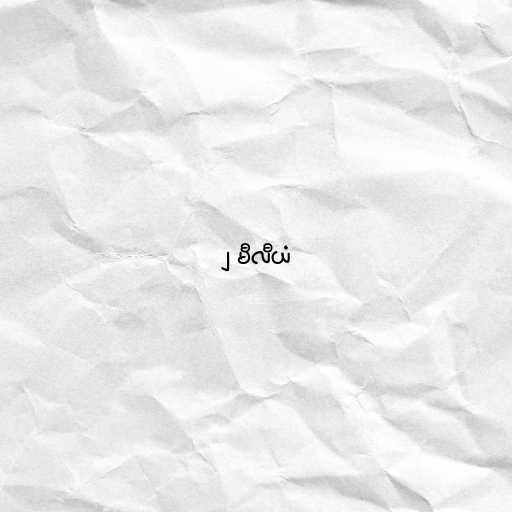
၂ မီလီယံ